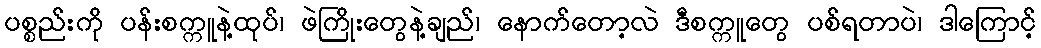
ပစ္စည်းကို ပန်းစက္ကူနဲ့ထုပ်၊ ဖဲကြိုးတွေနဲ့ချည်၊ နောက်တော့လဲ ဒီစက္ကူတွေ ပစ်ရတာပဲ၊ ဒါကြောင့်